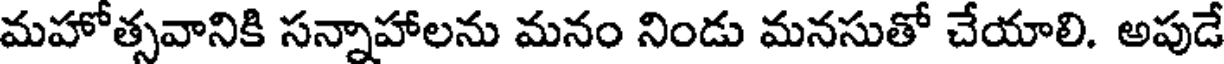
మహోత్సవానికి సన్నాహాలను మనం నిండు మనసుతో చేయాలి. అపుడే